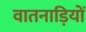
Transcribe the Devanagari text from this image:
वातनाड़ियों